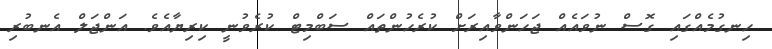
ހިނގުމެއްގައި ގޮސް ނުވައެއް ޖަހަންވާއިރަށް ކުރެހުންތައް ސަބްމިޓް ކުރެވުނީ ކިރިޔާއެވެ. އަންޖަލް އެނބުރި